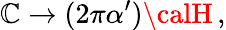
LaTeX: \mathbb{C}\rightarrow(2\pi\alpha^{\prime}){\calH}\, ,